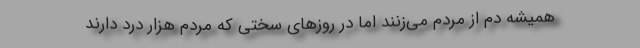
همیشه دم از مردم می‌زنند اما در روزهای سختی که مردم هزار درد دارند